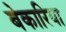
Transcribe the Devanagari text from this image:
बेकारिया